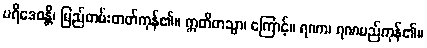
ပရိဒေဝန္တိ၊ မြည်တမ်းတတ်ကုန်၏။ ဣတိတသ္မာ၊ ကြောင့်။ ရဏာ၊ ရဏမည်ကုန်၏။